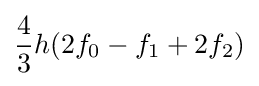
{\frac {4}{3}}h(2f_{0}-f_{1}+2f_{2})